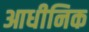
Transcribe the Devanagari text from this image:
आधीनिक